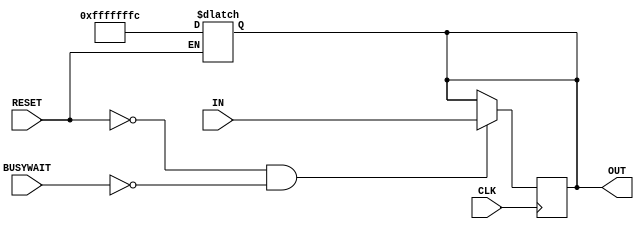
module register_32bit (IN, OUT, RESET, CLK, BUSYWAIT);

    //declare the ports
    input [31:0] IN;
    input RESET, CLK, BUSYWAIT;
    output reg [31:0] OUT;

    //reset the register to -4 whenever the reset signal changes from low to high
    //resetting has a #1 delay
    always @ (RESET) begin
        if (RESET) #1 OUT = -32'd4;
    end

    //write the input value to the register when the reset is low and when the clock is at a positive edge and busywait is low 
    //writting to the register has a #1 delay
    always @ (posedge CLK) begin
        #1
        if (!RESET & !BUSYWAIT)  OUT = IN;
    end

endmodule